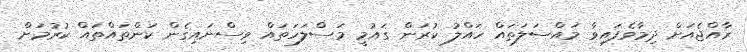
ރާއްޖެއަށް ދިމާވެފައިވާ މައްސަލަތައް ހައްލު ކުރަން ގައުމީ މަސްލަހަތައް ވިސްނައިގެން ކަންތައްތައް ކުރުމަށް